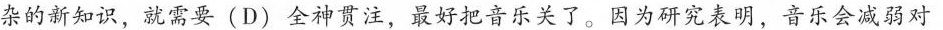
杂的新知识，就需要 (D) 全神贯注，最好把音乐关了。因为研究表明，音乐会减弱对